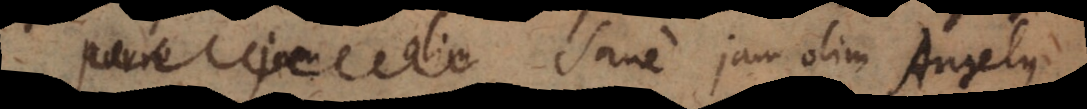
videtur. Sane jam olim Angelus